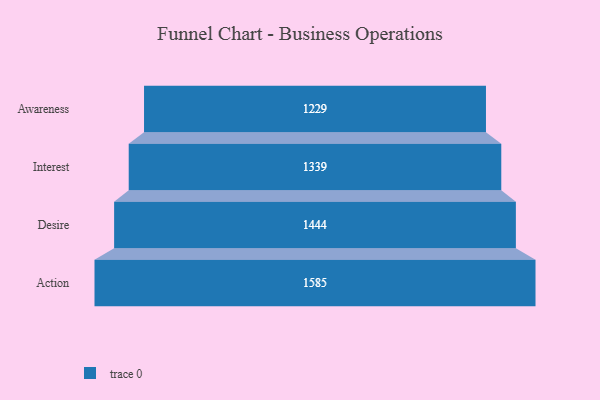
{"axis": {"x": "Stage", "y": "Value"}, "legend": [""], "data": [{"x": "Awareness", "y": 1229.0, "type": ""}, {"x": "Interest", "y": 1339.0, "type": ""}, {"x": "Desire", "y": 1444.0, "type": ""}, {"x": "Action", "y": 1585.0, "type": ""}]}